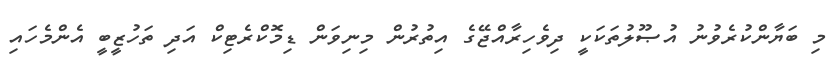
މި ބަޔާންކުރެވުނު އުޞޫލުތަކަކީ ދިވެހިރާއްޖޭގެ އިތުރުން މިނިވަން ޑިމޮކްރެޓިކް އަދި ތަހުޒީބީ އެންމެހައި